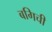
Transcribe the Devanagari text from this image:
बगिची